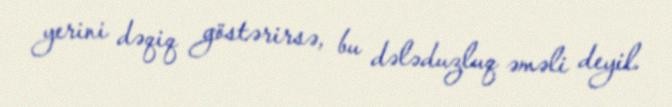
yerini dəqiq göstərirsə, bu dələduzluq əməli deyil.